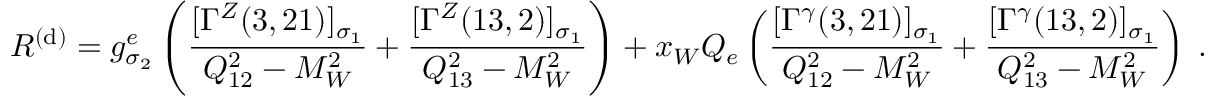
{ \cal R } ^ { ( \mathrm { d } ) } = g _ { \sigma _ { 2 } } ^ { e } \left( \frac { [ \Gamma ^ { Z } ( 3 , 2 1 ) ] _ { \sigma _ { 1 } } } { Q _ { 1 2 } ^ { 2 } - M _ { W } ^ { 2 } } + \frac { [ \Gamma ^ { Z } ( 1 3 , 2 ) ] _ { \sigma _ { 1 } } } { Q _ { 1 3 } ^ { 2 } - M _ { W } ^ { 2 } } \right) + x _ { W } Q _ { e } \left( \frac { [ \Gamma ^ { \gamma } ( 3 , 2 1 ) ] _ { \sigma _ { 1 } } } { Q _ { 1 2 } ^ { 2 } - M _ { W } ^ { 2 } } + \frac { [ \Gamma ^ { \gamma } ( 1 3 , 2 ) ] _ { \sigma _ { 1 } } } { Q _ { 1 3 } ^ { 2 } - M _ { W } ^ { 2 } } \right) \; .